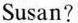
Susan?